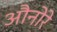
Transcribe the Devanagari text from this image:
औनोरे